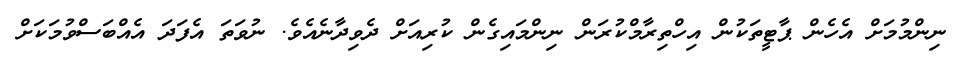
ނިންމުމަށް އެހެން ޕާޓީތަކުން އިހްތިރާމްކުރަން ނިންމައިގެން ކުރިއަށް ދެވިދާނެއެވެ. ނުވަތަ އެފަދަ އެއްބަސްވުމަކަށް